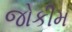
જોકીમ